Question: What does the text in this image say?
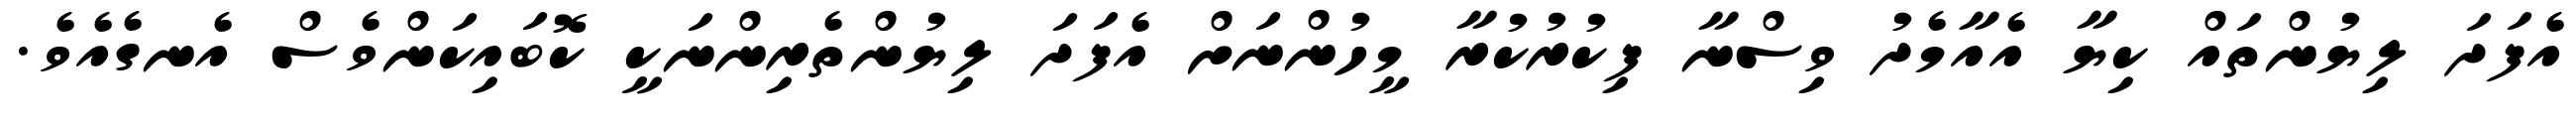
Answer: އެފަދަ ލިޔުންތައް ކިޔާ އެއާމެދު ވިސްނާ ފިކުރުކުރާ މީހުންނަށް އެފަދަ ލިޔުންތެރިންނަކީ ކޮބައިކަންވެސް އެނގެއެވެ.